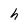
Character: S